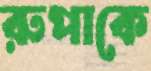
রুপাকে